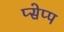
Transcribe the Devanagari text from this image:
प्सेप्प